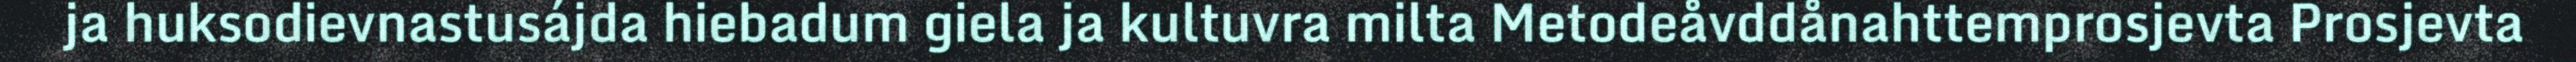
ja huksodievnastusájda hiebadum giela ja kultuvra milta Metodeåvddånahttemprosjevta Prosjevta